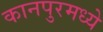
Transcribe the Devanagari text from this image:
कानपुरमध्ये